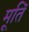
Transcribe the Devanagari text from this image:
मूतिॅ